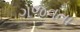
ગજવતા